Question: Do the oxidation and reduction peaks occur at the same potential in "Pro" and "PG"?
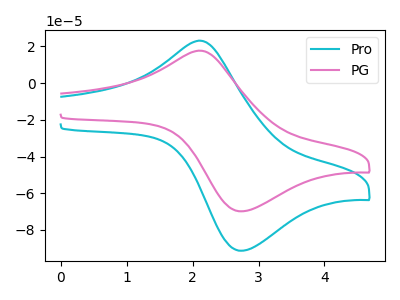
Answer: <think>The cyan curve "Pro" has an anodic peak at (2.10V, 23.10uA) and a cathodic peak at (2.75V, -91.30uA). The pink curve "PG" has an anodic peak at (2.10V, 17.65uA) and a cathodic peak at (2.75V, -69.80uA).</think>
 <answer>Yes, "Pro" have a peak in "PG" at the same potential.</answer>
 <eval>match</eval>